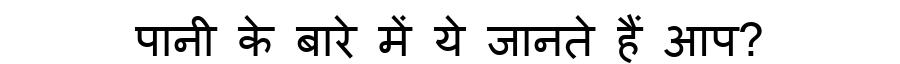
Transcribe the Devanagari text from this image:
पानी के बारे में ये जानते हैं आप?